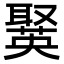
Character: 𦗘